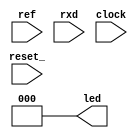
module ABC(
    ref, rxd, clock, reset_,
    led
);
    input clock, reset_;
    input rxd;
    input [4:0] ref;
    output [2:0] led;

    reg [2:0] LED;
    assign led = LED;

    reg [2:0] COUNT_BYTE;
    reg [3:0] COUNT_SPACE;
    reg [2:0] STAR;
    localparam 
        S0 = 0,
        S1 = 1,
        S2 = 2,
        S3 = 3,
        S4 = 4,
        S5 = 5;

    localparam mark = 1, space = 0;

    reg [7:0] BUFFER;

    always @(reset_ == 0) #1 begin
        STAR <= S0;
        LED <= 0;
        COUNT_SPACE <= 0;
        COUNT_BYTE <= 0;
        BUFFER <= 0;
    end

    always @(posedge clock) if(reset_ == 1) #3 begin
        casex (STAR)
            S0: begin
                STAR <= (rxd == mark) ? S0 : S1;
            end
            // Conto i bit di space (0)
            S1: begin
                COUNT_SPACE <= COUNT_SPACE+1;
                STAR <= (rxd == space) ? S1 : S2;
            end
            // Controllo se si tratta di bit 0 o 1
            S2: begin
                BUFFER <= (COUNT_SPACE[3]==1'b0) ? {mark,BUFFER[7:1]} : BUFFER;
                STAR <= (COUNT_SPACE[3]==1'b1) ? S3 : S4;       
            end
            // bit 0
            S3: begin
                BUFFER <= {space,BUFFER[7:1]};
                STAR <= S4;
            end
            S4: begin
                COUNT_SPACE <= 0;
                COUNT_BYTE <= COUNT_BYTE + 1;
                STAR <= (COUNT_BYTE == 7) ? S5 : S0;
            end
            // Trasmissione di led
            S5: begin
                LED <= (BUFFER[7:3] == ref) ? BUFFER[2:0] : LED;
                COUNT_BYTE <= 0;
                COUNT_SPACE <= 0;
                BUFFER <= 0;
                STAR <= S0;
            end
        endcase
    end


endmodule